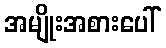
အမျိုးအစားပေါ်